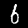
Label: 6